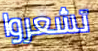
تشعروا